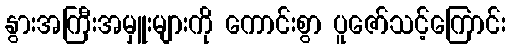
နွားအကြီးအမှူးများကို ကောင်းစွာ ပူဇော်သင့်ကြောင်း